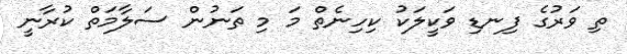
ތި ވަރުގެ ފިނޑި ވަކީލަކު ކިހިނެތް މަ މި ތަނުން ސަލާމަތް ކުރާނީ